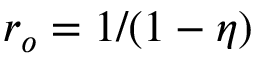
r _ { o } = 1 / ( 1 - \eta )